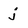
Character: j